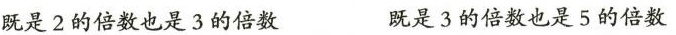
既是 2 的倍数也是 3 的倍数 既是 3 的倍数也是 5 的倍数